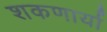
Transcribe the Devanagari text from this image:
शकणार्या